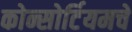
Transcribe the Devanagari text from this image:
कोन्सोर्टियमचे